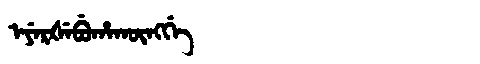
Manchu: ᡝᠶᡝᡵᡧᡝᠪᡠᡥᠠᡴᡡᠩᡤᡝ
Romanization: EYERŠEBUHAKŪNGGE